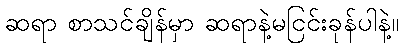
ဆရာ စာသင်ချိန်မှာ ဆရာနဲ့မငြင်းခုန်ပါနဲ့။